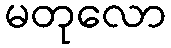
မတုလော